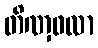
တိဏှဖလာ